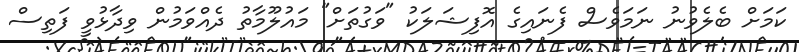
ކަމަށް ބެލެވުނު ނަމަވެސް ފެނައިގެ އޮފިޝަލަކު "ވަގުތަށް" މައުލޫމާތު ދެއްވަމުން ވިދާޅުވީ ފަތިސް